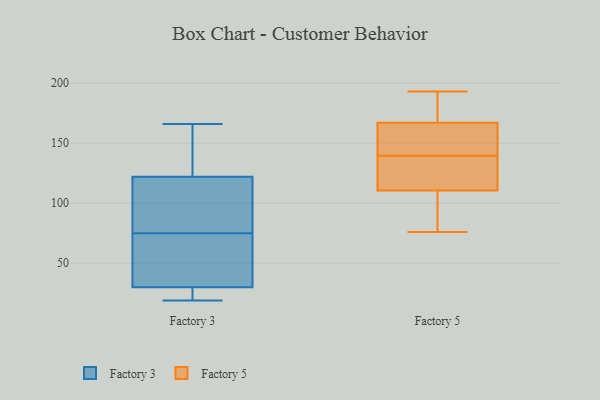
{"axis": {"x": "Production Output", "y": "Value"}, "legend": ["Factory 3", "Factory 5"], "data": [{"x": "", "y": 95, "type": "Factory 3"}, {"x": "", "y": 162, "type": "Factory 3"}, {"x": "", "y": 19, "type": "Factory 3"}, {"x": "", "y": 30, "type": "Factory 3"}, {"x": "", "y": 26, "type": "Factory 3"}, {"x": "", "y": 84, "type": "Factory 3"}, {"x": "", "y": 66, "type": "Factory 3"}, {"x": "", "y": 166, "type": "Factory 3"}, {"x": "", "y": 122, "type": "Factory 3"}, {"x": "", "y": 43, "type": "Factory 3"}, {"x": "", "y": 76, "type": "Factory 5"}, {"x": "", "y": 150, "type": "Factory 5"}, {"x": "", "y": 150, "type": "Factory 5"}, {"x": "", "y": 125, "type": "Factory 5"}, {"x": "", "y": 179, "type": "Factory 5"}, {"x": "", "y": 129, "type": "Factory 5"}, {"x": "", "y": 109, "type": "Factory 5"}, {"x": "", "y": 112, "type": "Factory 5"}, {"x": "", "y": 193, "type": "Factory 5"}, {"x": "", "y": 173, "type": "Factory 5"}, {"x": "", "y": 161, "type": "Factory 5"}, {"x": "", "y": 86, "type": "Factory 5"}]}